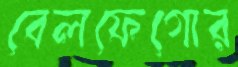
বেলফেগোর